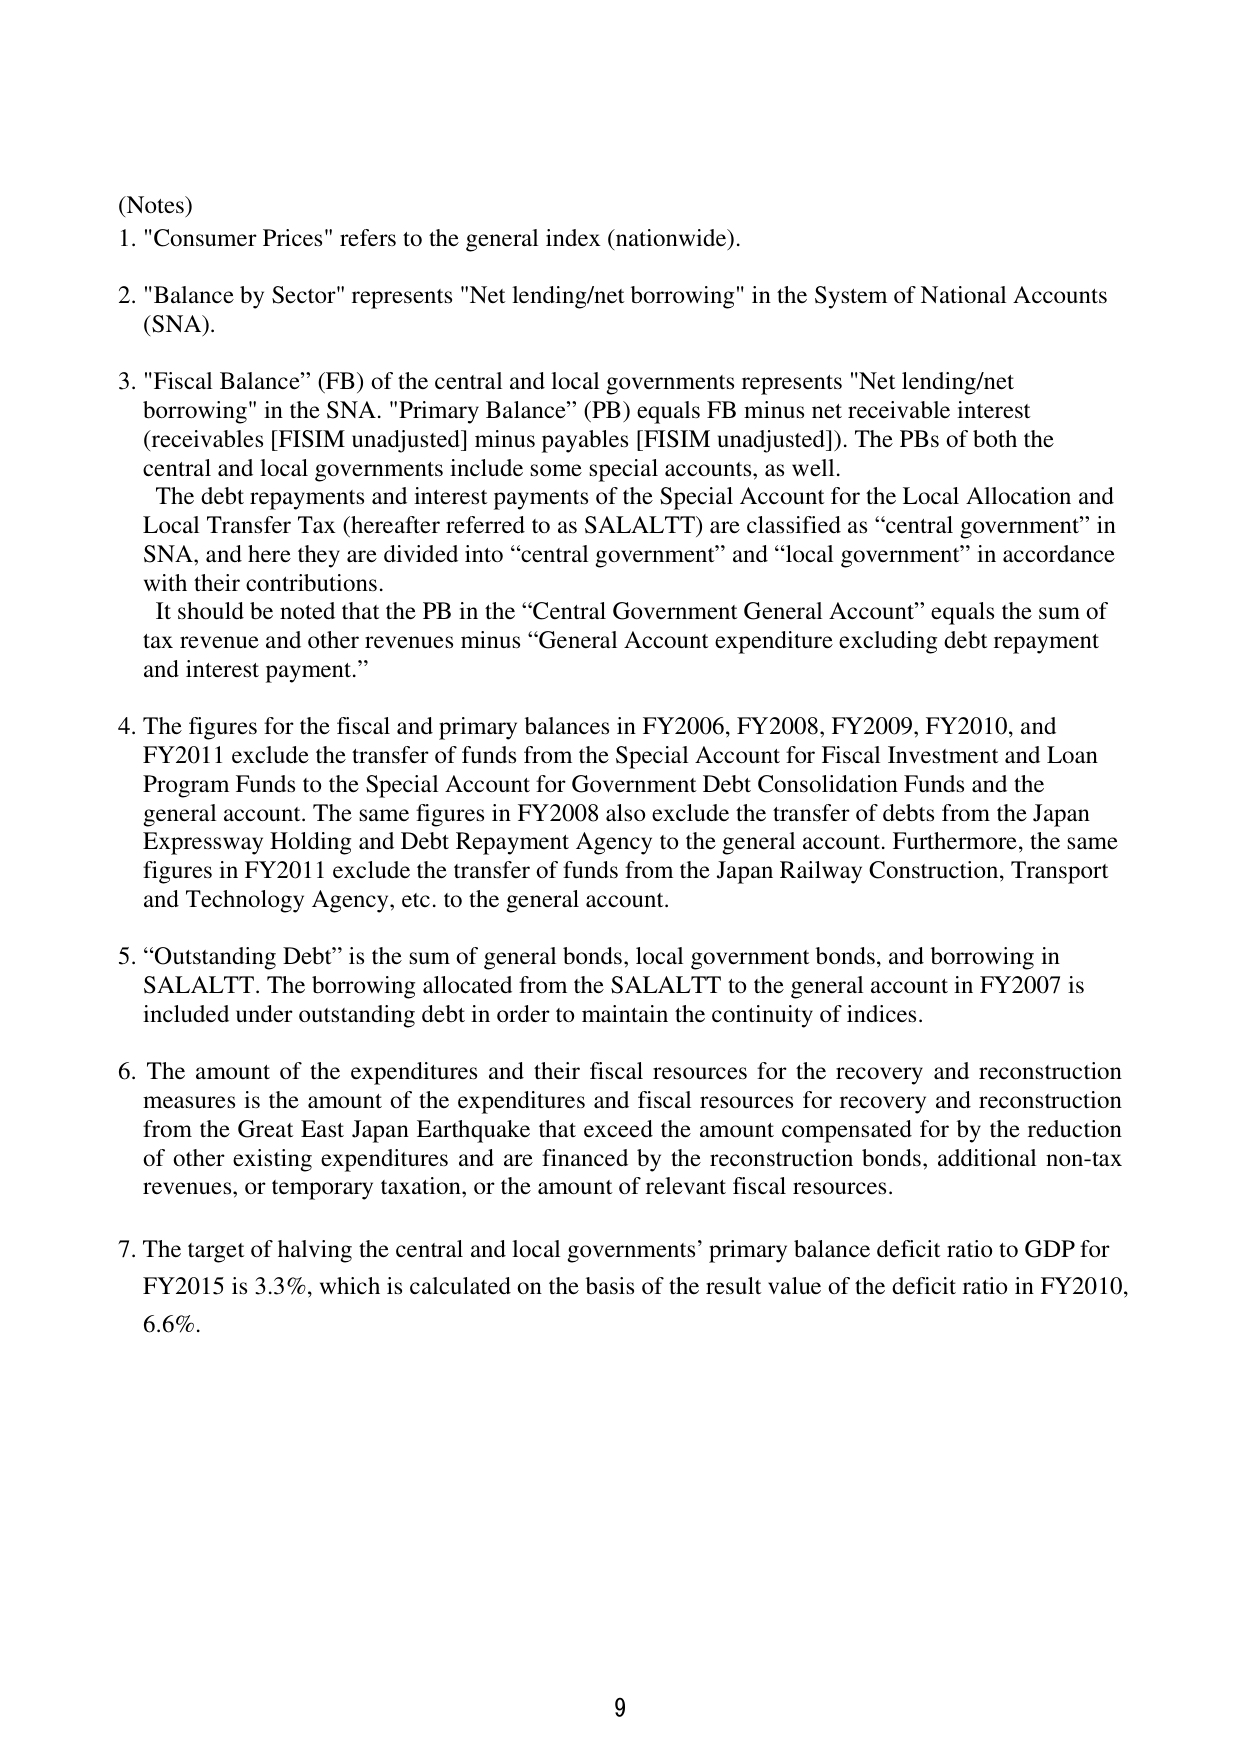
(Notes)
1. "Consumer Prices" refers to the general index (nationwide).
2. "Balance by Sector" represents "Net lending/net borrowing" in the System of National Accounts (SNA).
3. "Fiscal Balance" (FB) of the central and local governments represents "Net lending/net borrowing" in the SNA. "Primary Balance" (PB) equals FB minus net receivable interest (receivables [FISIM unadjusted] minus payables [FISIM unadjusted]). The PBs of both the central and local governments include some special accounts, as well.
The debt repayments and interest payments of the Special Account for the Local Allocation and Local Transfer Tax (hereafter referred to as SALALTT) are classified as “central government” in SNA, and here they are divided into “central government” and “local government” in accordance with their contributions.
It should be noted that the PB in the “Central Government General Account” equals the sum of tax revenue and other revenues minus “General Account expenditure excluding debt repayment and interest payment.”
4. The figures for the fiscal and primary balances in FY2006, FY2008, FY2009, FY2010, and FY2011 exclude the transfer of funds from the Special Account for Fiscal Investment and Loan Program Funds to the Special Account for Government Debt Consolidation Funds and the general account. The same figures in FY2008 also exclude the transfer of debts from the Japan Expressway Holding and Debt Repayment Agency to the general account. Furthermore, the same figures in FY2011 exclude the transfer of funds from the Japan Railway Construction, Transport and Technology Agency, etc. to the general account.
5. “Outstanding Debt” is the sum of general bonds, local government bonds, and borrowing in SALALTT. The borrowing allocated from the SALALTT to the general account in FY2007 is included under outstanding debt in order to maintain the continuity of indices.
6. The amount of the expenditures and their fiscal resources for the recovery and reconstruction measures is the amount of the expenditures and fiscal resources for recovery and reconstruction from the Great East Japan Earthquake that exceed the amount compensated for by the reduction of other existing expenditures and are financed by the reconstruction bonds, additional non-tax revenues, or temporary taxation, or the amount of relevant fiscal resources.
7. The target of halving the central and local governments’ primary balance deficit ratio to GDP for FY2015 is 3.3%, which is calculated on the basis of the result value of the deficit ratio in FY2010, 6.6%.
9